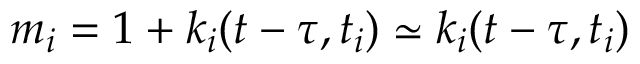
m _ { i } = 1 + k _ { i } ( t - \tau , t _ { i } ) \simeq k _ { i } ( t - \tau , t _ { i } )